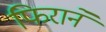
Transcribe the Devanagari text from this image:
फिराने